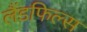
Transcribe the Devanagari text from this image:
लैंडफिल्स